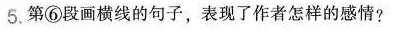
5.第⑥段画横线的句子，表现了作者怎样的感情？